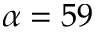
\alpha = 5 9